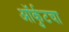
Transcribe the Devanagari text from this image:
ऑर्कुटचा